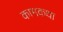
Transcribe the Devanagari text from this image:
कामकथा